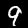
Label: 9